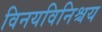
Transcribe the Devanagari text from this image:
विनयविनिश्चय